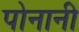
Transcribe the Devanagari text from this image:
पोनानी